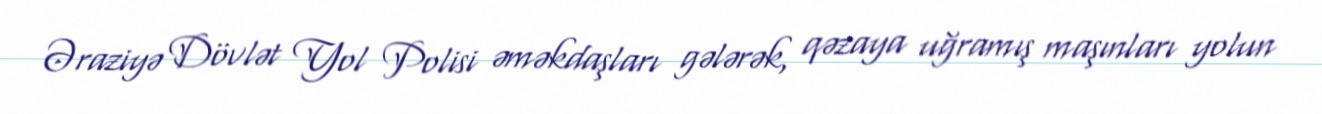
Əraziyə Dövlət Yol Polisi əməkdaşları gələrək, qəzaya uğramış maşınları yolun